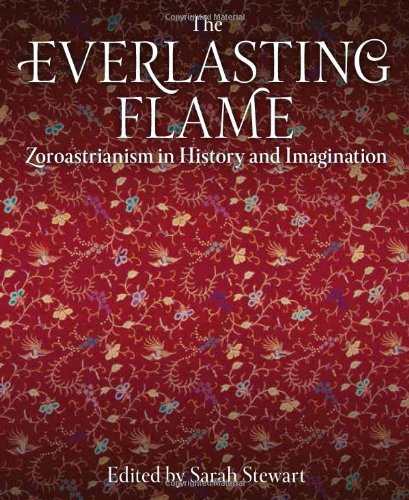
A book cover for The Everlasting Flame: Zoroastrianism in History and Imagination (International Library of Historical Studies); Religion & Spirituality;